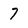
Character: 7